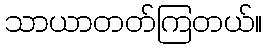
သာယာတတ်ကြတယ်။